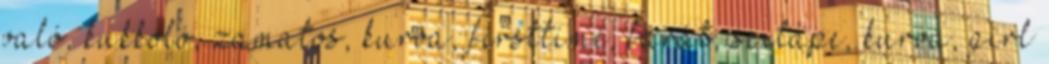
való, kukkoló, zamatos, kurva, firsttime, barát, sextape, kurva, girl